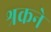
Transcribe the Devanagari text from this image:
श्रकने